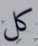
كل